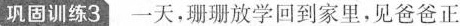
巩固训练3 一天，珊珊放学回到家里，见爸爸正